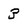
Character: 3